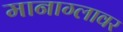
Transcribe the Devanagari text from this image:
मानाग्लावर